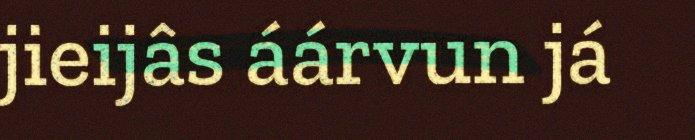
jieijâs áárvun já